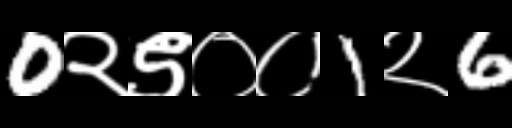
Text: 0२९००1२6